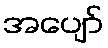
အပျော်